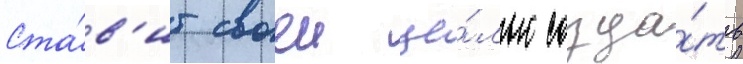
Ста́в'ит своеи це́лью созда́ть